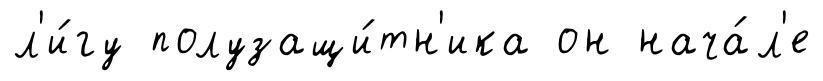
л'и́гу полузащи́тн'ика он нача́л'е